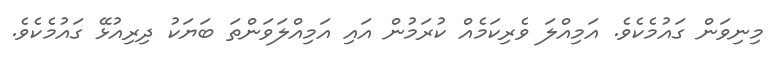
މިނިވަން ގައުމެކެވެ. އަމިއްލަ ވެރިކަމެއް ކުރަމުން އައި އަމިއްލަވަންތަ ބަޔަކު ދިރިއުޅޭ ގައުމެކެވެ.